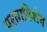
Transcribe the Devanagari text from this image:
परागविशेष